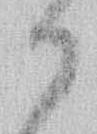
か